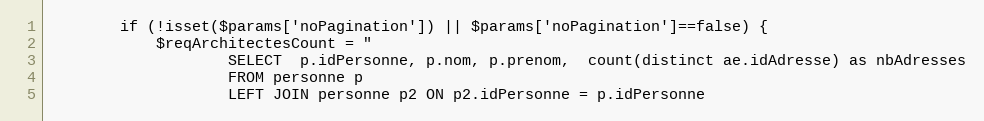
Language: PHP
		if (!isset($params['noPagination']) || $params['noPagination']==false) {
			$reqArchitectesCount = "
					SELECT  p.idPersonne, p.nom, p.prenom,  count(distinct ae.idAdresse) as nbAdresses
					FROM personne p
					LEFT JOIN personne p2 ON p2.idPersonne = p.idPersonne